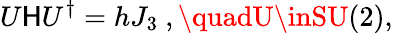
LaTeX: U\mathsf{H}U^{\dagger}=hJ_{3}\ ,\quadU\inSU(2),